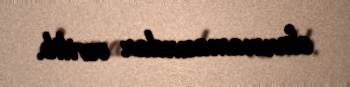
olunmamasından verilib.